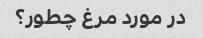
در مورد مرغ چطور؟